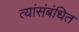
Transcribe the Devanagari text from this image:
त्यांसंबंधित